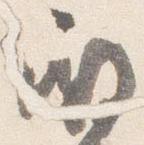
殿